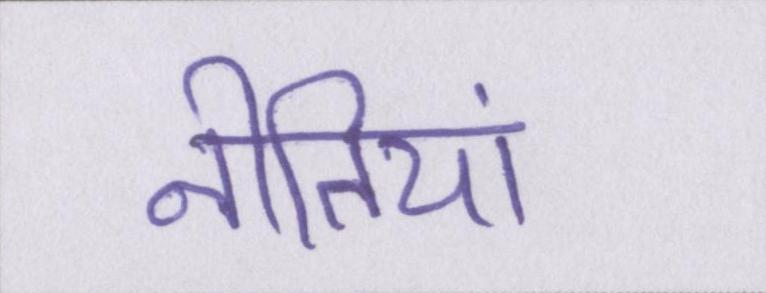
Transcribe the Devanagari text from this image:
नीतियां